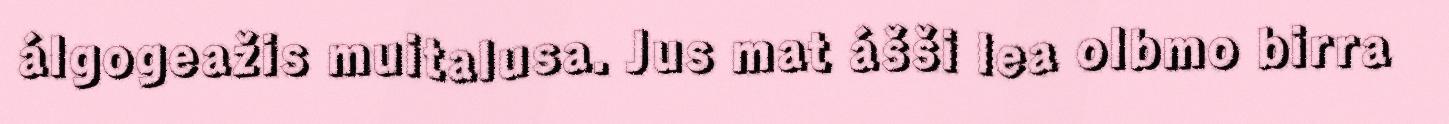
álgogeažis muitalusa. Jus mat ášši lea olbmo birra